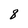
Character: 8